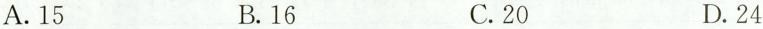
A.15 B.16 C.20 D.24